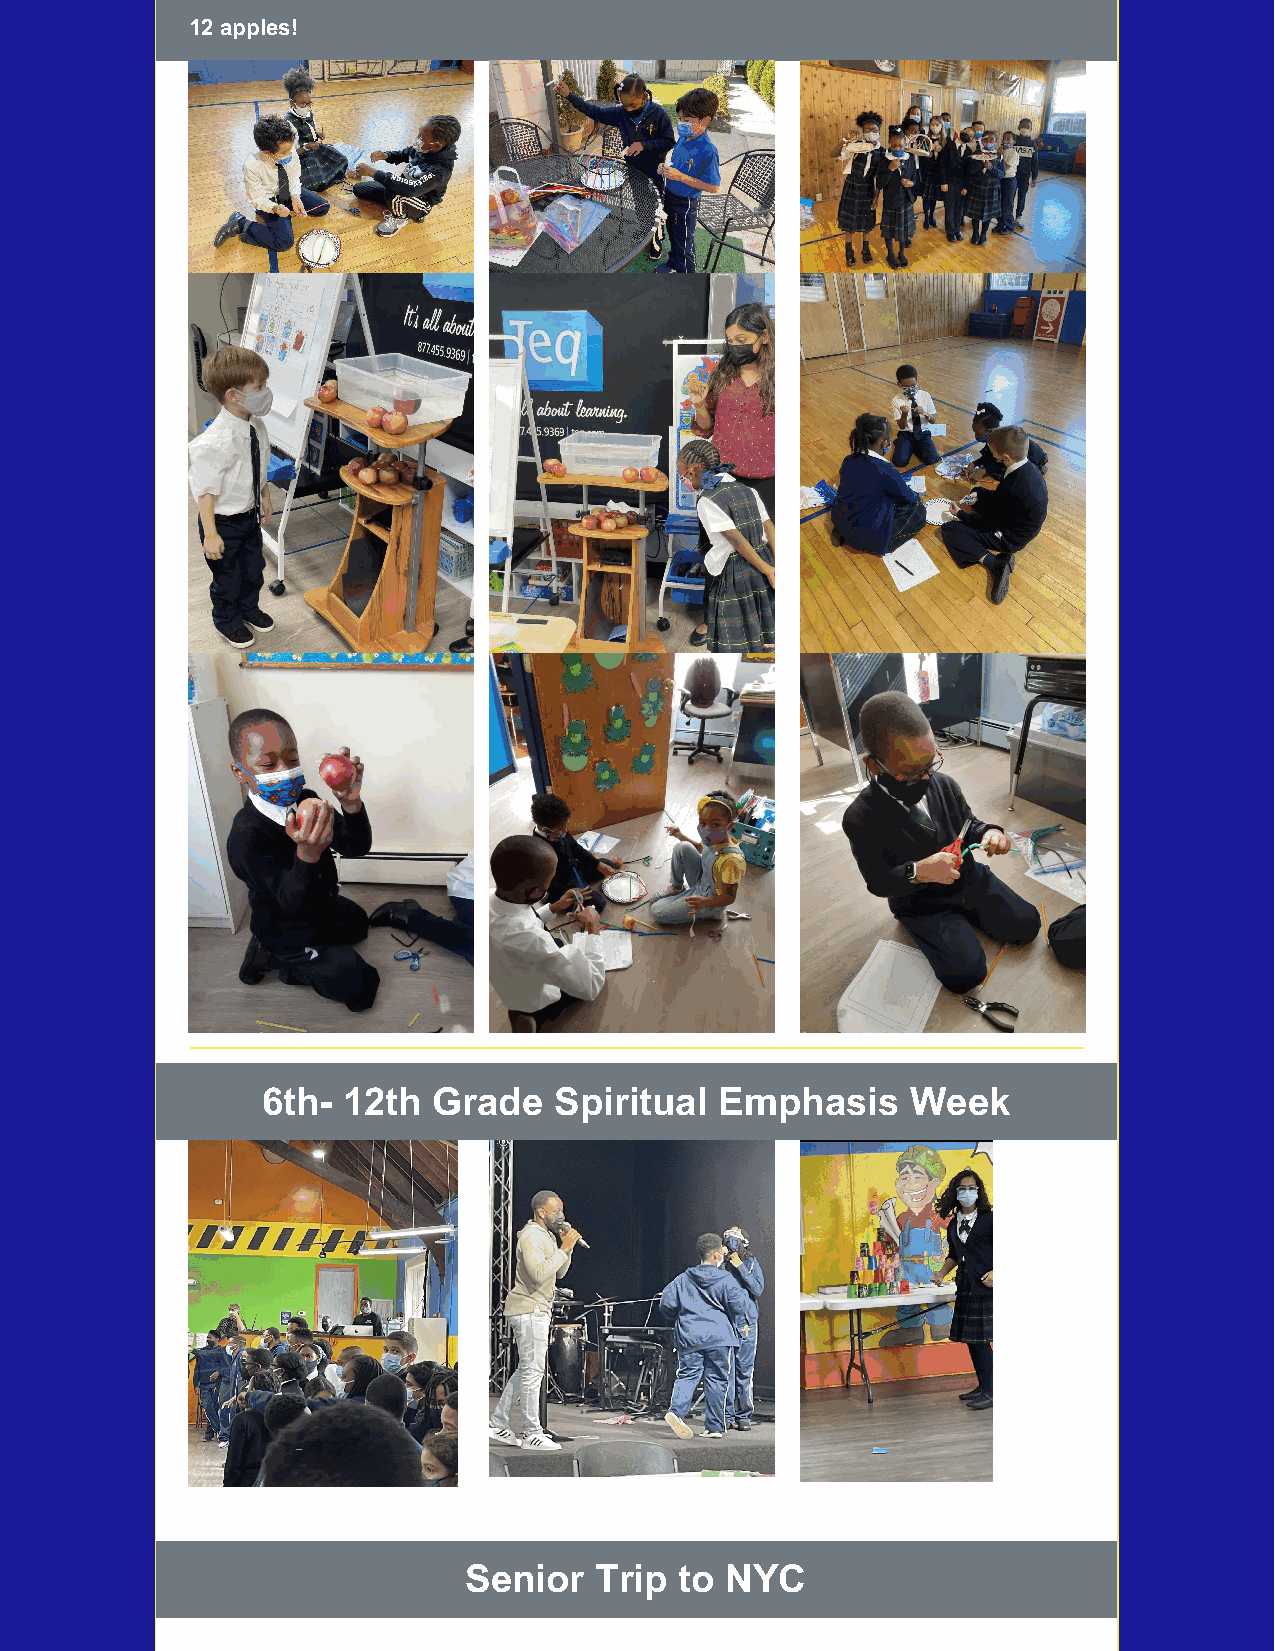
12 apples!
 6th-  12th  Grade   Spiritual  Emphasis    Week
 Senior  Trip  to NYC